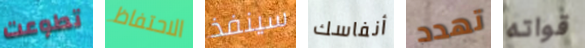
تطوعت الاحتفاظ سينفذ أنفاسك تهدد قواته